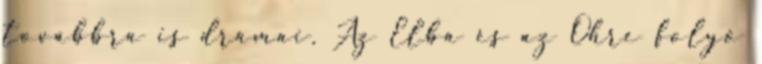
továbbra is drámai. Az Elba és az Ohre folyó